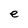
Character: e